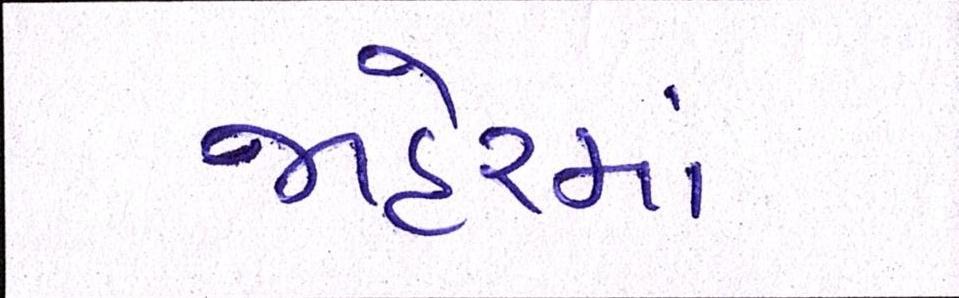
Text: જાહેરમાં